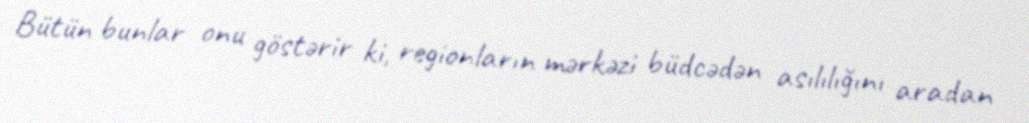
Bütün bunlar onu göstərir ki, regionların mərkəzi büdcədən asılılığını aradan